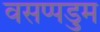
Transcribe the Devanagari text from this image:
वसप्पडुम